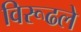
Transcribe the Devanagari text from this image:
विरूढले